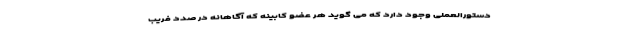
دستورالعملی وجود دارد که می گوید هر عضو کابینه که آگاهانه در صدد فریب